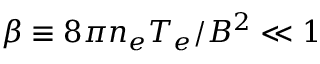
\beta \equiv 8 \pi n _ { e } T _ { e } / B ^ { 2 } \ll 1